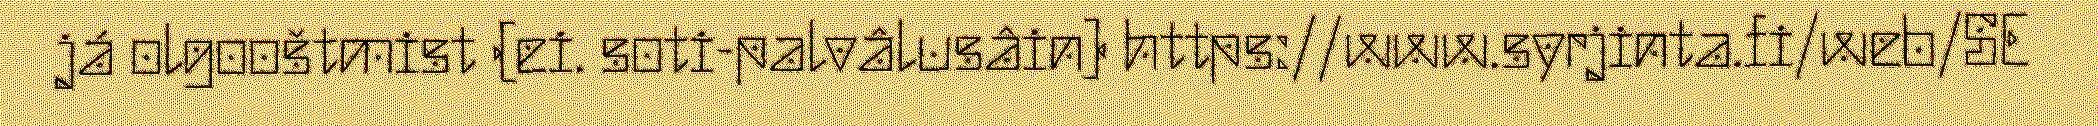
já olgooštmist (ei. soti-palvâlusâin) https://www.syrjinta.fi/web/SE